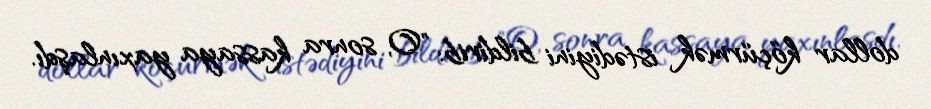
dollar köçürmək istədiyini bildirib: "O, sonra kassaya yaxınlaşdı.